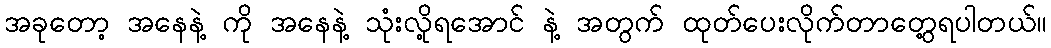
အခုတော့ အနေနဲ့ ကို အနေနဲ့ သုံးလို့ရအောင် နဲ့ အတွက် ထုတ်ပေးလိုက်တာတွေ့ရပါတယ်။